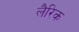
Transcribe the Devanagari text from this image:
लैरिक